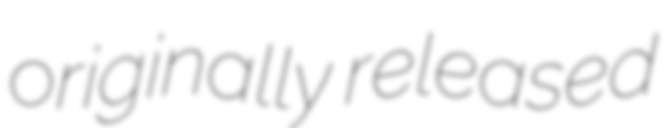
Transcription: originally released